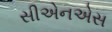
સીએનએસ